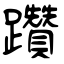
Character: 躦